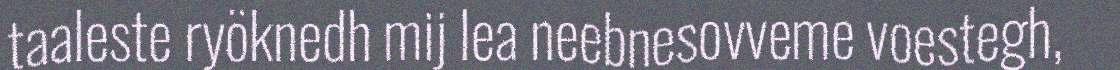
taaleste ryöknedh mij lea neebnesovveme voestegh,